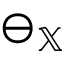
\ominus _ { \mathbb { X } }